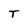
Character: T